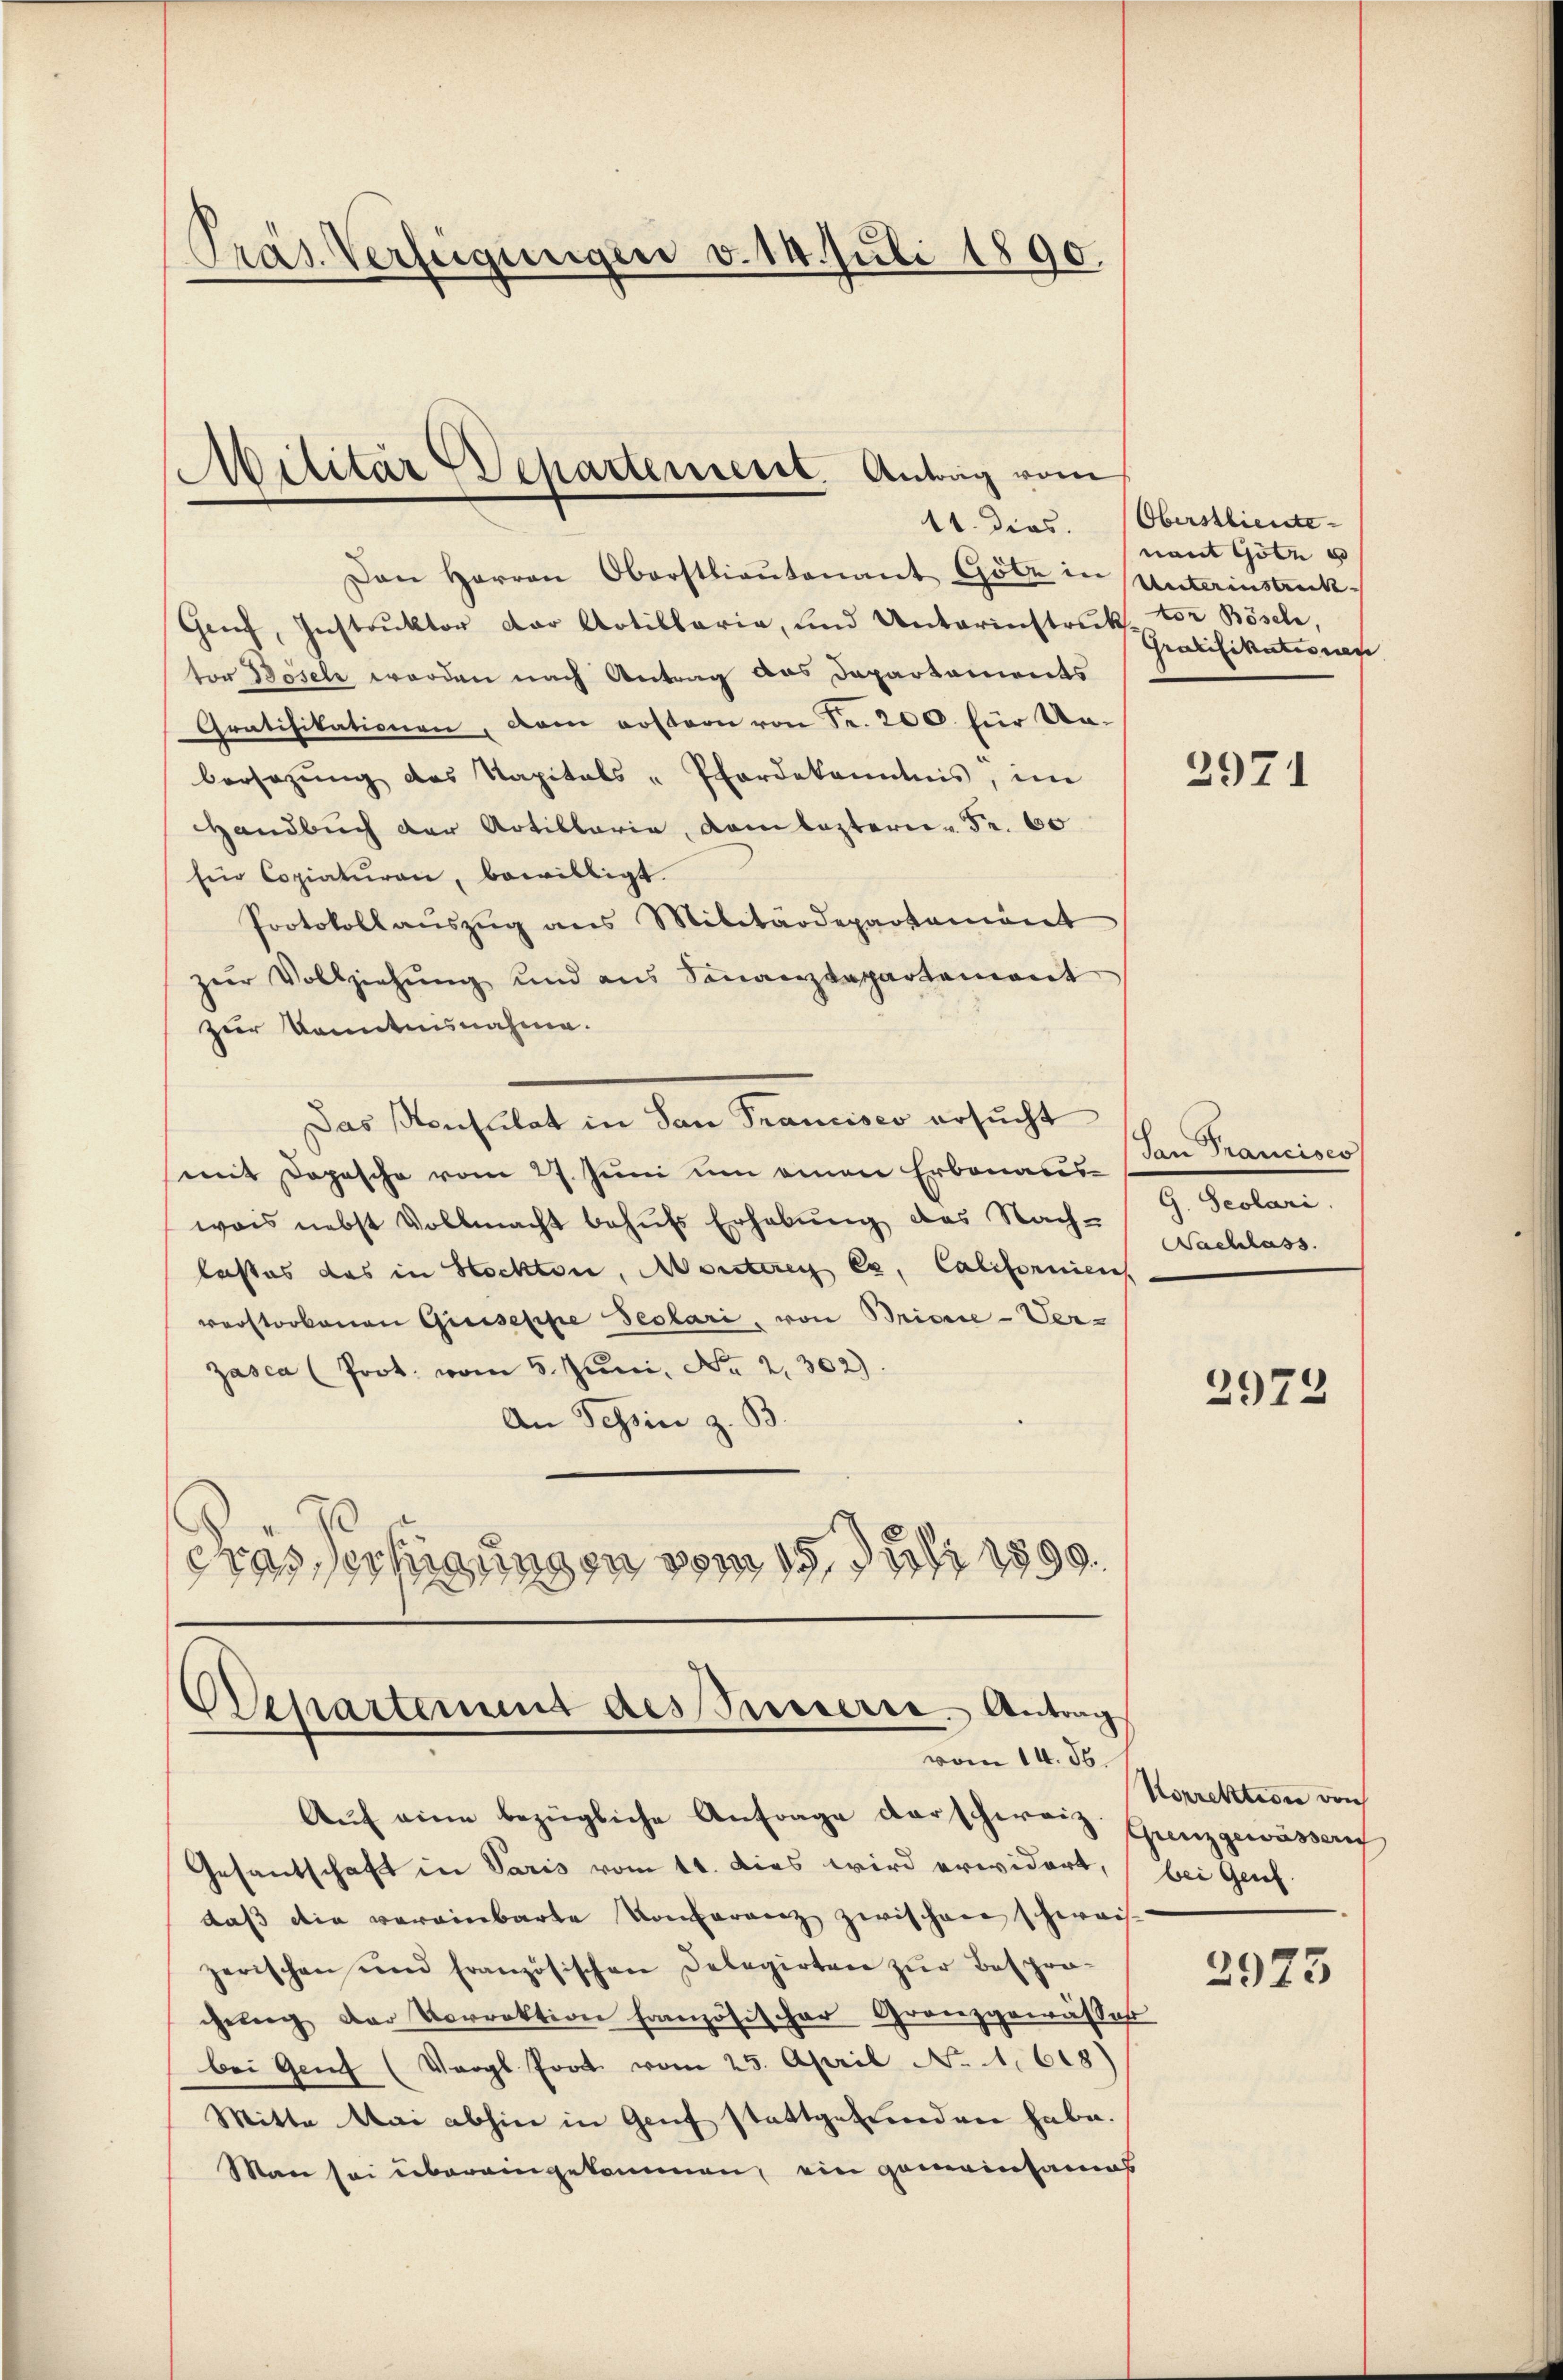
Präs. Verfügungen v. 14. Juli 1890.

Militär-Departement. Antrag vom

Den Herren Oberstlieutenant Gölz in Unterinstreck-
Graf, Instruktor der Artillaria, und Unterinstruktor Bösch,
tor Böseln worden nach Antrag das Departaments
Gratifikationen, dann erstern von Fr. 200. für Unbersezung des Kapitals-Pferdekanntnis, ein
Handbuch der Artillaria, vom leztern Fr. 60
Ein Copiaturen, bewilligt.
Protokoll aŭszŭg ans Militärdepartement
zur Vollziehung und aus Sonanzdepartement
zur Kenntnisnahme.
Das Konsulat in San Francisco ersucht
mit Dopesche vom 27. Juni um einen Erbonauswais nebst Vollmacht behŭfs Erhebŭng des Nach-
lastes das in Hockten, Monterey Ce, Californiens
verstorbenen Giuseppe declari, von Brisie-Ver-
zasca (Prot. vom 5. Juni, No 2. 302).
An Tessin z. B.
Fras Verfügungen vom 15. Juli 1890.

Departement des Busserre. Antrag
vom 14. 56.

11. dies. Oberstliede
nant Gote u
Gratifikationen

Auf eine bezügliche Anfrage darschweiz. Grenzgewässer
Gesantschaft in Paris vom 11. dies wird erwidert,
daβ die vereinbarte Konferenz zwischen schweis-
zerischen und französischen Delegirten zŭr Bespro-
chŭng der Vorrektion französischer Granzgewässer
bei Genf (Vergl. Prot vom 25. April No 1. 618)
Mitte Mai abhin in Genf stattgefunden habe.
Man sei übereingekommen, ein gemeinsames

2971

San Francisco
G. Scolari
Nachlass.

2972

Korrektion von
bei Genf.

2973